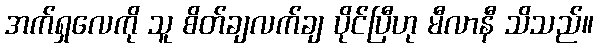
အက်ရှလေကို သူ စိတ်ချလက်ချ ပိုင်ပြီဟု မီလာနီ သိသည်။